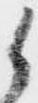
候